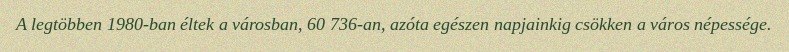
A legtöbben 1980-ban éltek a városban, 60 736-an, azóta egészen napjainkig csökken a város népessége.